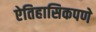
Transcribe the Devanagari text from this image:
ऐतिहासिकपणे